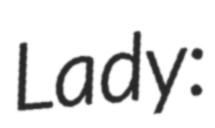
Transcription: Lady: